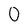
Character: 0